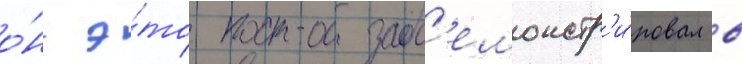
о́н э́то прод'емонстр'и́ровал в